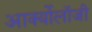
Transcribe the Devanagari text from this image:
आर्क्योलॉजी